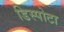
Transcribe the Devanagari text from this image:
डिस्पोटा